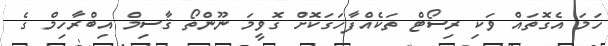
ހަމަ އެގޮތައް ވަކި ރިސޯޓް ތަކެއްފާހަގަކޮށް ގޮވީމަ ނޫންތޯ ޤާސިމް އިބްރާހިމް ގެ